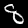
Digit: 8